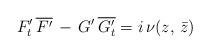
LaTeX: \begin{align*}F'_t\,\overline{F'} \,-\,G'\, \overline{G'_t}=i\,\nu(z, \,\bar{z})\,\end{align*}